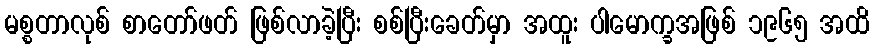
မစ္စတာလုစ် စာတော်ဖတ် ဖြစ်လာခဲ့ပြီး စစ်ပြီးခေတ်မှာ အထူး ပါမောက္ခအဖြစ် ၁၉၆၅ အထိ